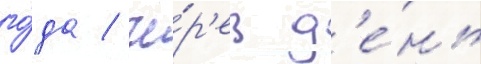
го́да / че́р'ез д'е́нь